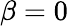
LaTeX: \beta=0